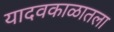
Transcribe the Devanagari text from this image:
यादवकाळातला